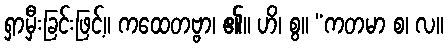
ရှာမှီးခြင်းဖြင့်။ ကထေတဗ္ဗာ၊ ၏။ ဟိ၊ စွ။ “ကတမာ စ၊ လ။